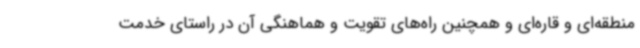
منطقه‌ای و قاره‌ای و همچنین راه‌های تقویت و هماهنگی آن در راستای خدمت